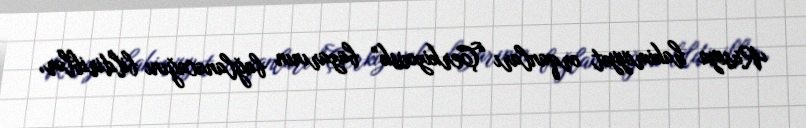
Rusiya hakimiyyət orqanları “Çerkizovsk” bazarının bağlanacağını bildiriblər,